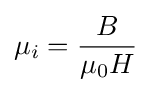
\mu _{i}={\frac {B}{\mu _{0}H}}